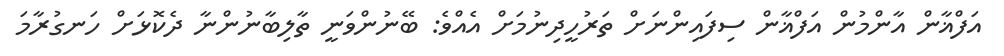
އަފްޣާން އާންމުން އަފްޣާން ސިފައިންނަށް ތަރުހީދިނުމަށް އެއްވެ: ބޭނުންވަނީ ތާލިބާނުންނާ ދެކޮޅަށް ހަނގުރާމަ